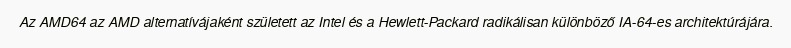
Az AMD64 az AMD alternatívájaként született az Intel és a Hewlett-Packard radikálisan különböző IA-64-es architektúrájára.